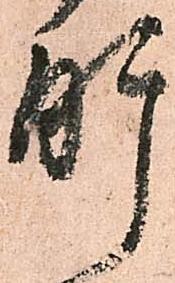
肝